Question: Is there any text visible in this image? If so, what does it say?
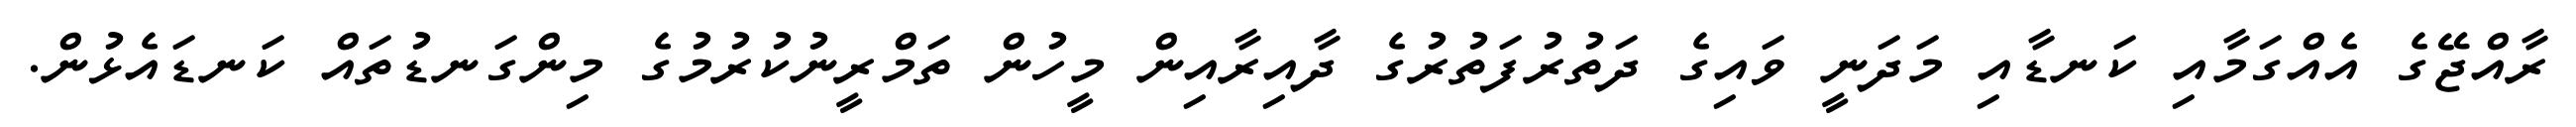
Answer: ރާއްޖޭގެ އެއްގަމާއި ކަނޑާއި މަދަނީ ވައިގެ ދަތުރުފަތުރުގެ ދާއިރާއިން މީހުން ތަމްރީނުކުރުމުގެ މިންގަނޑުތައް ކަނޑައެޅުން.